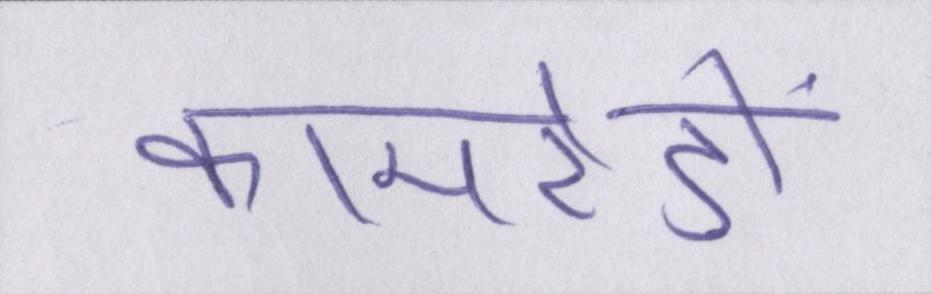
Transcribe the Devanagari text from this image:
कामरेडों